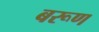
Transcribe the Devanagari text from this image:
बरूण